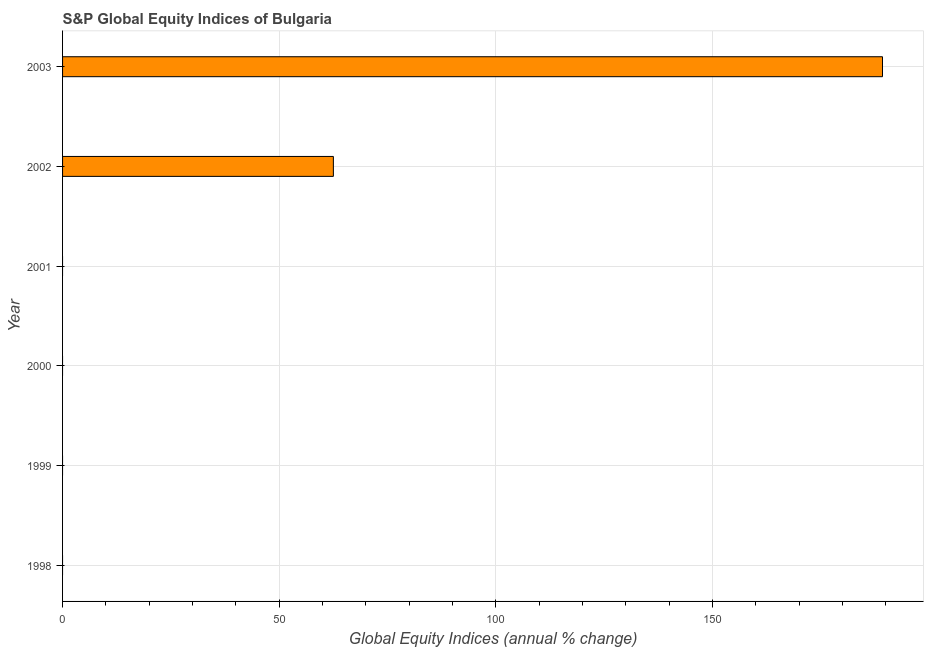
| Year | S&P Global Equity Indices |
 | --- | --- |
 | 1998 | -30.1 |
 | 1999 | -23.7 |
 | 2000 | -30 |
 | 2001 | -7.51 |
 | 2002 | 62.5 |
 | 2003 | 189 |